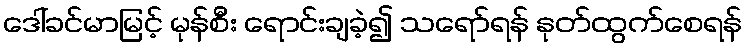
ဒေါ်ခင်မာမြင့် မုန်စီး ရောင်းချခဲ့၍ သရော်ရန် နုတ်ထွက်စေရန်